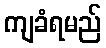
ကျခံရမည်